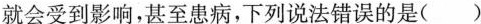
就会受到影响，甚至患病，下列说法错误的是( )